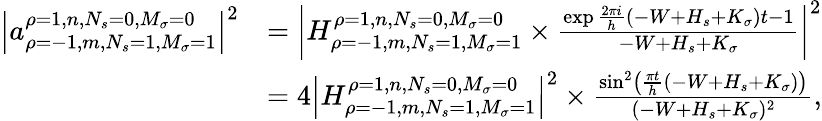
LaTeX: {\begin{array}{rl}{\left|a_{\rho=-1,m,N_{s}=1,M_{\sigma}=1}^{\rho=1,n,N_{s}=0,M_{\sigma}=0}\right|^{2}}&{=\left|H_{\rho=-1,m,N_{s}=1,M_{\sigma}=1}^{\rho=1,n,N_{s}=0,M_{\sigma}=0}\times{\frac{\exp{{\frac{2\pi i}{h}}(-W+H_{s}+K_{\sigma})t}-1}{-W+H_{s}+K_{\sigma}}}\right|^{2}}\\ &{=4\left|H_{\rho=-1,m,N_{s}=1,M_{\sigma}=1}^{\rho=1,n,N_{s}=0,M_{\sigma}=0}\right|^{2}\times{\frac{\sin^{2}\left({\frac{\pi t}{h}}(-W+H_{s}+K_{\sigma})\right)}{(-W+H_{s}+K_{\sigma})^{2}}},}\end{array}}